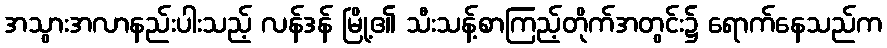
အသွားအလာနည်းပါးသည့် လန်ဒန် မြို့၏ သီးသန့်စာကြည့်တိုက်အတွင်း၌ ရောက်နေသည်က